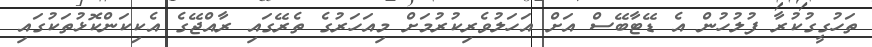
ތަހުގީގުކުރާ ފުލުހުން އެ ޑޭޓާބޭސް އަށް އަހަލުވެރިކުރުމަށް މިއަހަރުގެ ތެރޭގައި ރާއްޖޭގެ އެކިކަންކޮޅުތަކުގައި